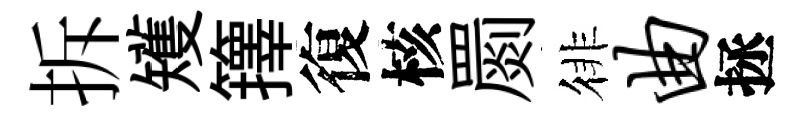
拆矱籜復核罽徘曲拯